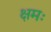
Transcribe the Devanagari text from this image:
क्षमः